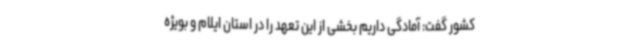
کشور گفت: آمادگی داریم بخشی از این تعهد را در استان ایلام و بویژه